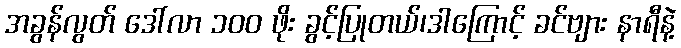
အခွန်လွတ် ဒေါ်လာ ၁၀၀ ဖိုး ခွင့်ပြုတယ်၊ဒါကြောင့် ခင်ဗျား နာရီနဲ့